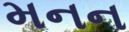
મનન